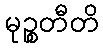
မုဉ္စတီတိ